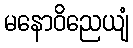
မနောဝိညေယျံ